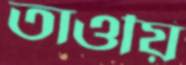
তাওয়ি